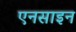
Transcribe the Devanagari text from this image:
एनसाइन